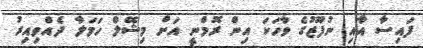
ފައިސާ އާއި ނުފޫޒުގެ ވާހަކަ އިން ރޮމްނީ އަށް މިޝޭލް ހަމަލާ ދެއްވިއިރު